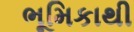
ભૂમિકાથી